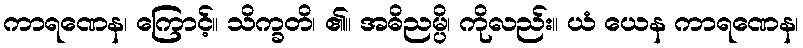
ကာရဏေန၊ ကြောင့်။ သိက္ခတိ၊ ၏။ အဓိညမ္ပိ၊ ကိုလည်း။ ယံ ယေန ကာရဏေန၊